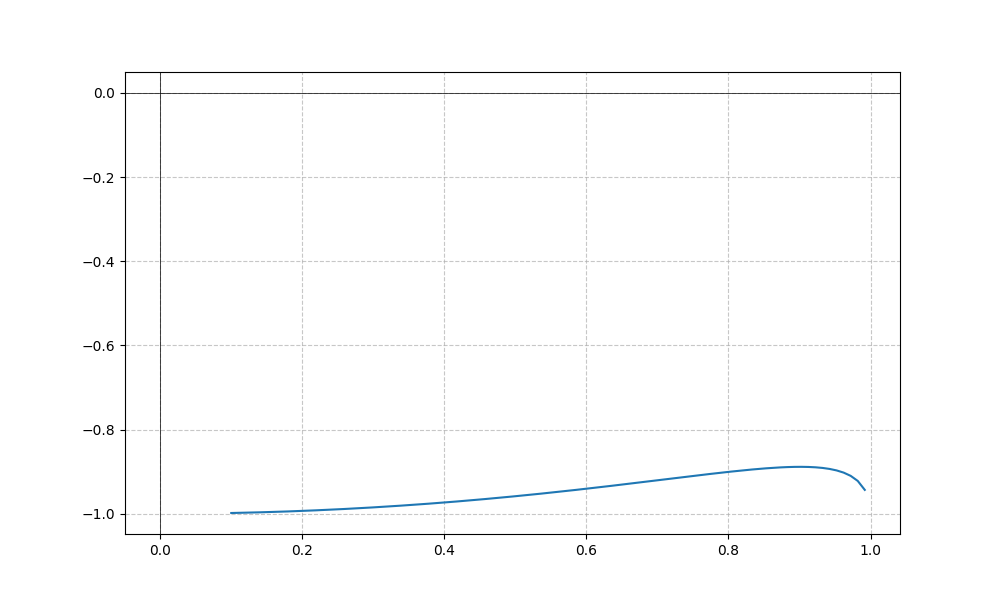
LaTeX formula: - \cot{\left(x \right)} \operatorname{asin}{\left(x \right)}